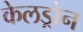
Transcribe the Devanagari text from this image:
केलड्रोन